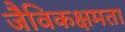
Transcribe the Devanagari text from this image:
जैविकक्षमता